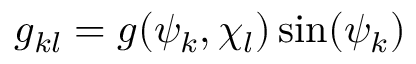
g _ { k l } = g ( \psi _ { k } , \chi _ { l } ) \sin ( \psi _ { k } )